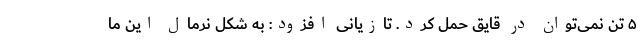
۵ تن نمی‌توان در قایق حمل کرد. تازیانی افزود: به شکل نرمال این ما